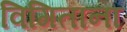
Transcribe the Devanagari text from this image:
विगिताना